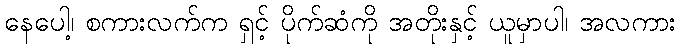
နေပေါ့၊ စကားလက်က ရှင့် ပိုက်ဆံကို အတိုးနှင့် ယူမှာပါ၊ အလကား